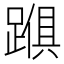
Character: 𮜅